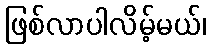
ဖြစ်လာပါလိမ့်မယ်၊